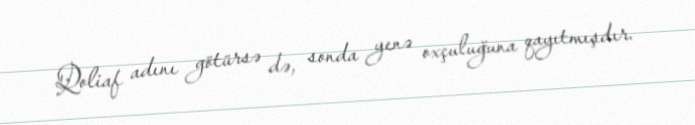
Qoliaf adını götürsə də, sonda yenə oxçuluğuna qayıtmışdır.